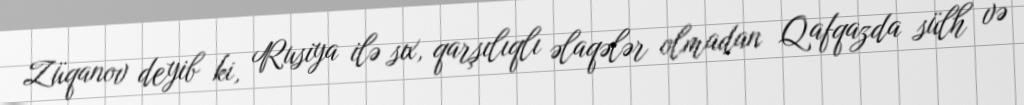
Züqanov deyib ki, Rusiya ilə sıx, qarşılıqlı əlaqələr olmadan Qafqazda sülh və